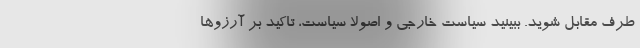
طرف مقابل شوید. ببینید سیاست خارجی و اصولا سیاست، تاکید بر آرزو‌ها